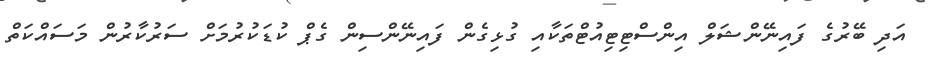
އަދި ބޭރުގެ ފައިނޭންޝަލް އިންސްޓިޓިއުޓްތަކާއި ގުޅިގެން ފައިނޭންސިން ގެޕް ކުޑަކުރުމަށް ސަރުކާރުން މަސައްކަތް